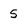
Character: 5